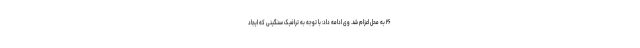
٢۶ به محل اعزام شد. وی ادامه داد: با توجه به ترافیک سنگینی که ایجاد